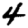
Digit: 4